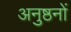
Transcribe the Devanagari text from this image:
अनुष्ठनों